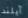
آيلند